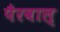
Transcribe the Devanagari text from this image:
पैरवाल्